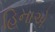
હિનાએ